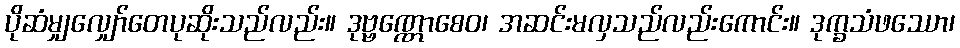
ပိုဆံမျှလျှော်တေပုဆိုးသည်လည်း။ ဒုဗ္ဗဏ္ဏောစေဝ၊ အဆင်းမလှသည်လည်းကောင်း။ ဒုက္ခသံဖဿော၊